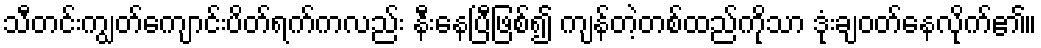
သီတင်းကျွတ်ကျောင်းပိတ်ရက်ကလည်း နီးနေပြီဖြစ်၍ ကျန်တဲ့တစ်ထည်ကိုသာ ဒုံးချဝတ်နေလိုက်၏။